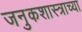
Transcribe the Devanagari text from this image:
जनुकशास्त्राच्या